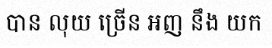
បាន លុយ ច្រើន ឣញ នឹង យក